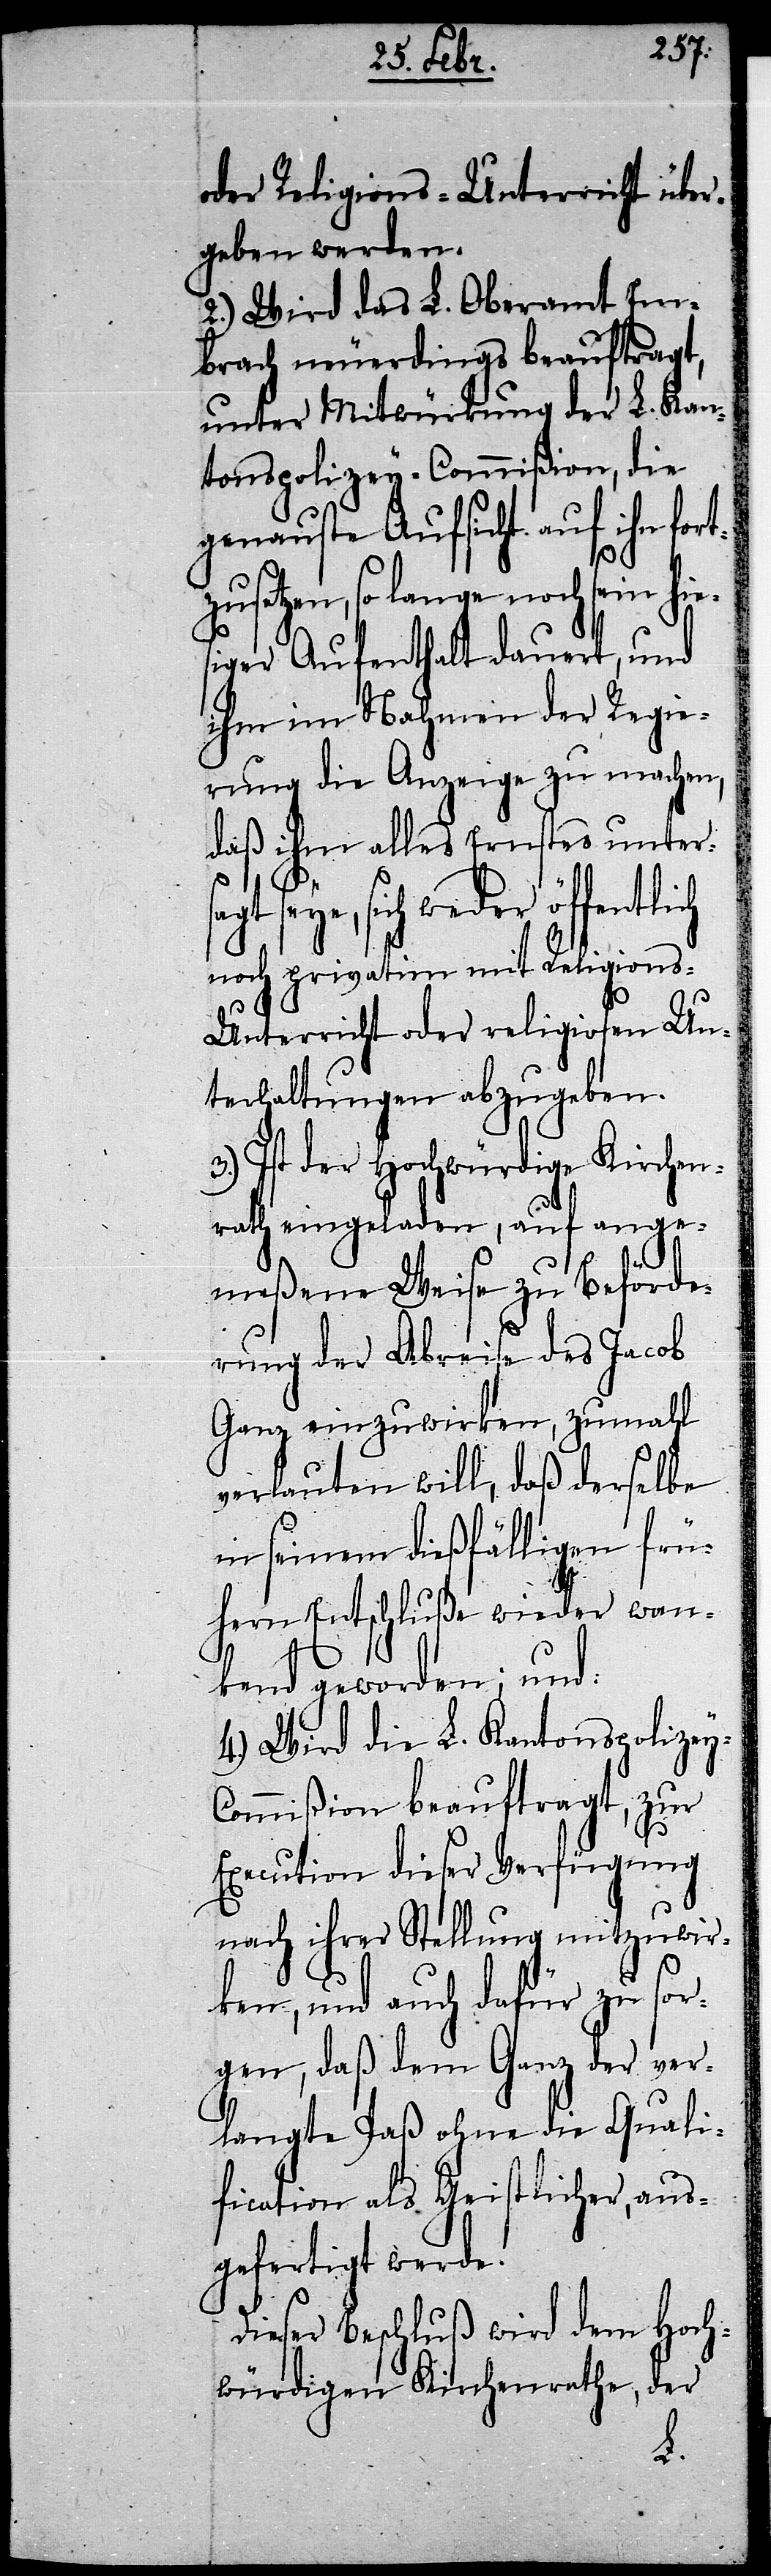
oder Religions-Unterricht über¬
geben werden.
2.) Wird das L. Oberamt Em¬
brach neuerdings beauftragt,
unter Mitwürkung der L. Kan¬
tonspolizey-Commißion, die
genauste Aufsicht auf ihn fort¬
zusetzen, so lange noch sein hie¬
siger Aufenthalt dauert, und
ihm im Nahmen der Regie¬
rung die Anzeige zu machen,
daß ihm alles Ernstes unters¬
agt seye, sich weder öffentlich
noch privatim mit Religion¬
s-Unterricht oder religiosen Un¬
terhaltungen abzugeben.
3.) Ist der Hochwürdige Kirchen¬
rath eingeladen, auf ange¬
meßene Weise zu Beförde¬
rung der Abreise des Jacob
Ganz einzuwirken, zumahl
verlauten will, daß derselbe
in seinem dießfälligen frü¬
hern Entschluße wieder wan¬
kend geworden; und:
4.) Wird die L. Kantonspolizey-C¬
ommißion beauftragt, zur
Execution dieser Verfügung
nach ihrer Stellung mitzuwir¬
ken, und auch dafür zu sor¬
gen, daß dem Ganz der ver¬
langte Paß ohne die Quali¬
fication als Geistlicher, aus¬
gefertigt werde.
Dieser Beschluß wird dem Hoch¬
würdigen Kirchenrathe, der